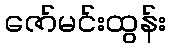
ဇော်မင်းထွန်း